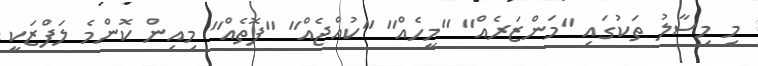
މި މިސާލު ތަކުގައި "މަންޒަރެއް" "މީހެއް" "ކުއްޖެއް" "ފޮތެއް" މިއިން ކޮންމެ ލަފްޒަކީ